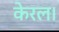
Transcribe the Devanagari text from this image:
केरल।